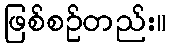
ဖြစ်စဉ်တည်း။